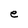
Character: e